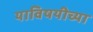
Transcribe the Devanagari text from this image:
याविषयीच्या